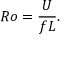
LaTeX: R o = { \frac { U } { f L } } .